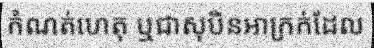
កំណត់ហេតុ ឬជាសុបិនអាក្រក់ដែល